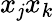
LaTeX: x_{\mathit{j}}x_{k}